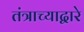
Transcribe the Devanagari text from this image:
तंत्राच्याद्वारे